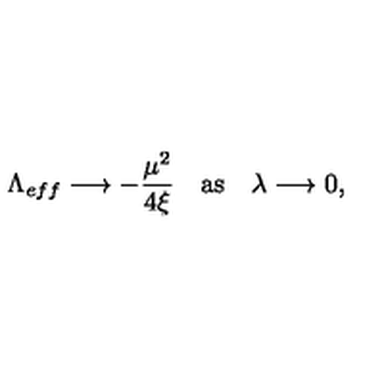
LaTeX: \Lambda _ { e f f } \longrightarrow - \frac { \mu ^ { 2 } } { 4 \xi } \quad \mathrm { a s } \quad \lambda \longrightarrow 0 ,